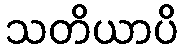
သတိယာပိ